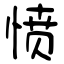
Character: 愤